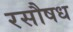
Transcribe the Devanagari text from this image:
रसौषध